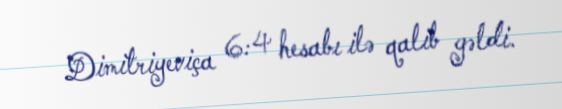
Dimitriyeviça 6:4 hesabı ilə qalib gəldi.